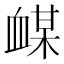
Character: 𲀙